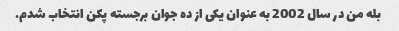
بله من در سال 2002 به عنوان یکی از ده جوان برجسته پکن انتخاب شدم.